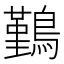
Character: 𪅀